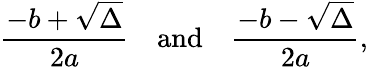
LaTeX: {\frac{-b+{\sqrt{\Delta}}}{2a}}\quad{\mathrm{and}}\quad{\frac{-b-{\sqrt{\Delta}}}{2a}},